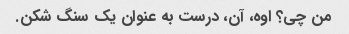
من چی؟ اوه، آن، درست به عنوان یک سنگ شکن.